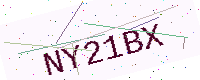
Text: NY21BX